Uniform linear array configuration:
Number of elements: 8
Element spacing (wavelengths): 0.75
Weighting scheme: hamming
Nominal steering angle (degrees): -15
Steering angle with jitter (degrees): -16.605
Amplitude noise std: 0.05
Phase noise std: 0.05

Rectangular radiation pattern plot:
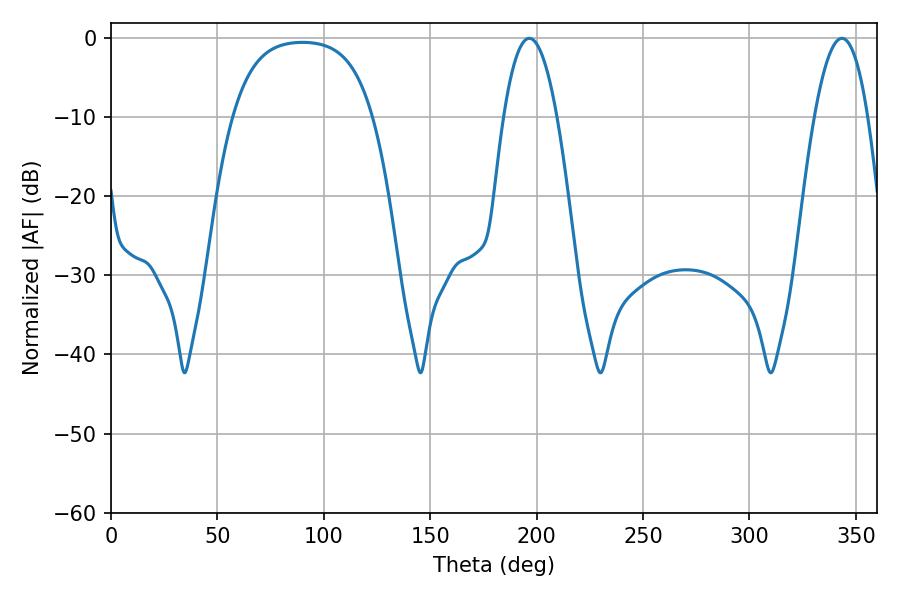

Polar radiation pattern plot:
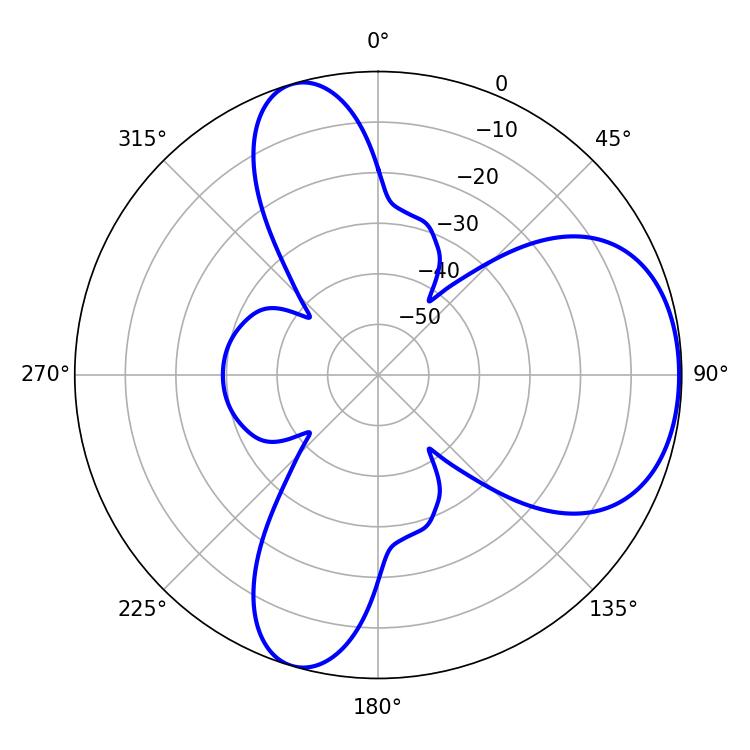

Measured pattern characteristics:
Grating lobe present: TRUE
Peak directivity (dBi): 5.83
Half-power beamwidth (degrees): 13.86
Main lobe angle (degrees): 196.56